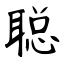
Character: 聪